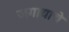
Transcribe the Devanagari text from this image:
जगायाचे